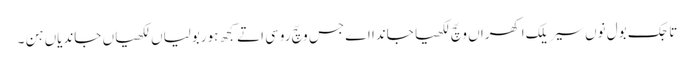
تاجک بول نوں سیریلک اکھراں وچّ لکھیا جاندا اے جس وچّ روسی اتے کجھ ہوربولیاں لکھیاں جاندیاں ہن ۔